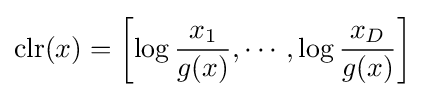
\operatorname {clr} (x)=\left[\log {\frac {x_{1}}{g(x)}},\cdots ,\log {\frac {x_{D}}{g(x)}}\right]